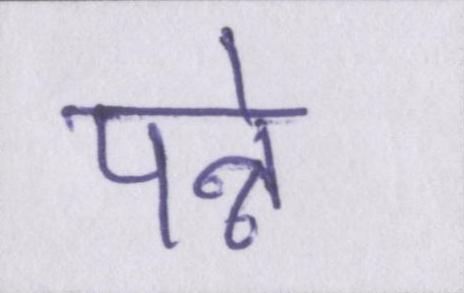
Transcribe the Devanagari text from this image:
पन्ने